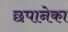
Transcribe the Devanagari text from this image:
छपानेका